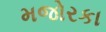
મજોરકા